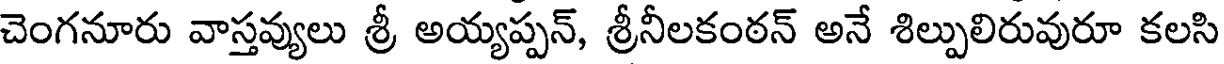
చెంగనూరు వాస్తవ్యులు శ్రీ అయ్యప్పన్, శ్రీనీలకంఠన్ అనే శిల్పులిరువురూ కలసి